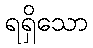
ရရှိသော